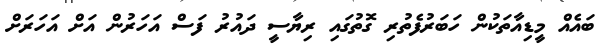
ބައެއް މީޑިއާތަކުން ހަބަރުފެތުރި ގޮތުގައި ރިޔާސީ ދައުރު ފަސް އަހަރުން އަށް އަހަރަށް